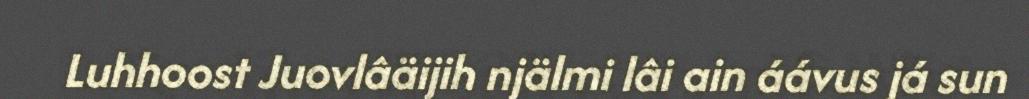
Luhhoost Juovlâäijih njälmi lâi ain áávus já sun